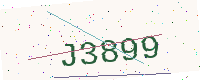
Text: J3899